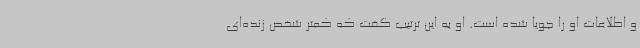
و اطلاعات او را جویا شده است. او به این ترتیب گفت که کمتر شخص زنده‌ای